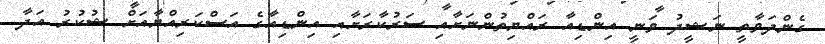
ގެންދަވާތީ ނަޝީދު ވަނީ އިންޑިއާ ރައްްޔިތުންނަށާއި ސަރުކާރަށާއި އިންޑިއާގެ އަސްކަރިއްޔާއަށް ޝުކުރު އަދާ